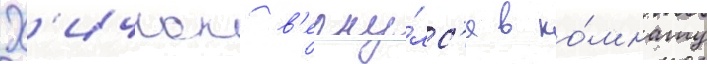
Х'ичкок в'ерну́лс'я в ко́мнату